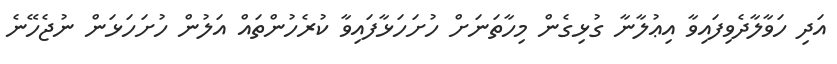
އަދި ހަވާލާދެވިފައިވާ އިޢުލާނާ ގުޅިގެން މިހާތަނަށް ހުށަހަޅާފައިވާ ކުރެހުންތައް އަލުން ހުށަހަޅަން ނުޖެހޭނެ